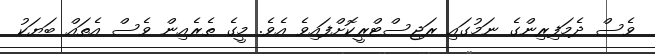
ވެސް ދެމަފިރިންގެ ނަމުގައި ރަޖިސްޓްރީކޮށްފައިވެ އެވެ. މީގެ ތެރެއިން ވެސް އެތައް ބަޔަކު